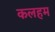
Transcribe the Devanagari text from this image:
कलहम